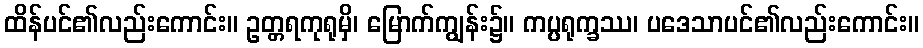
ထိန်ပင်၏လည်းကောင်း။ ဥတ္တရကုရုမှိ၊ မြောက်ကျွန်း၌။ ကပ္ပရုက္ခဿ၊ ပဒေသာပင်၏လည်းကောင်း။